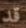
قد